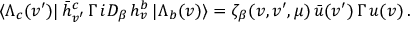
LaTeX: \langle \Lambda _ { c } ( v ^ { \prime } ) | \, \bar { h } _ { v ^ { \prime } } ^ { c } \, \Gamma \, i D _ { \beta } \, h _ { v } ^ { b } \, | \Lambda _ { b } ( v ) \rangle = \zeta _ { \beta } ( v , v ^ { \prime } , \mu ) \, \bar { u } ( v ^ { \prime } ) \, \Gamma \, u ( v ) \, .